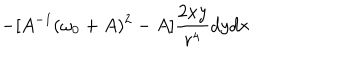
- [ A ^ { - 1 } ( \omega _ { 0 } + A ) ^ { 2 } - A ] \frac { 2 x y } { r ^ { 4 } } d y d x